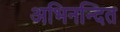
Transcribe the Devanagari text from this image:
अभिनन्दित